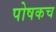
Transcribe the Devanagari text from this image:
पोषकच